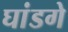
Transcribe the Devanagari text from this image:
घांडगे